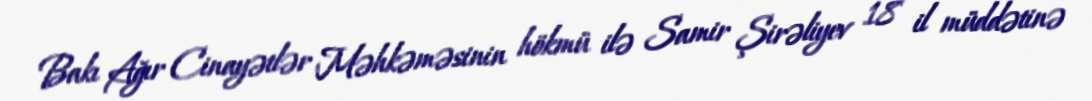
Bakı Ağır Cinayətlər Məhkəməsinin hökmü ilə Samir Şirəliyev 18 il müddətinə